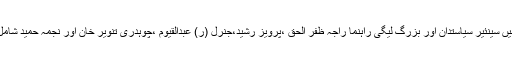
جن میں سینئیر سیاستدان اور بزرگ لیگی راہنما راجہ ظفر الحق ،پرویز رشید،جنرل (ر) عبدالقیوم ،چوہدری تنویر خان اور نجمہ حمید شامل ہیں۔